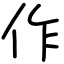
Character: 作